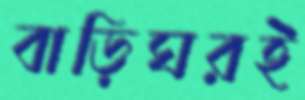
বাড়িঘরই